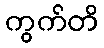
ကွက်တိ